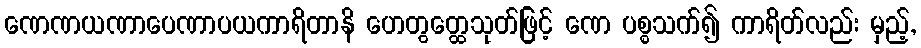
ဏေဏယဏာပေဏာပယကာရိတာနိ ဟေတွတ္ထေသုတ်ဖြင့် ဏေ ပစ္စသက်၍ ကာရိတ်လည်း မှည့်,